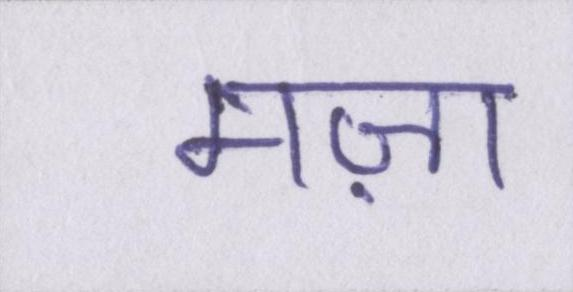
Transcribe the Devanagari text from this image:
मज़ा